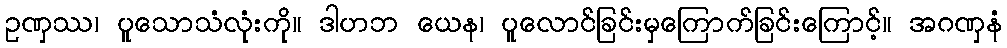
ဥဏှဿ၊ ပူသောသံလုံးကို။ ဒါဟဘ ယေန၊ ပူလောင်ခြင်းမှကြောက်ခြင်းကြောင့်။ အဂဏှနံ